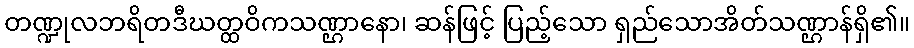
တဏ္ဍုလဘရိတဒီဃတ္ထဝိကသဏ္ဌာနော၊ ဆန်ဖြင့် ပြည့်သော ရှည်သောအိတ်သဏ္ဌာန်ရှိ၏။